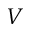
V